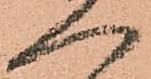
ヘ